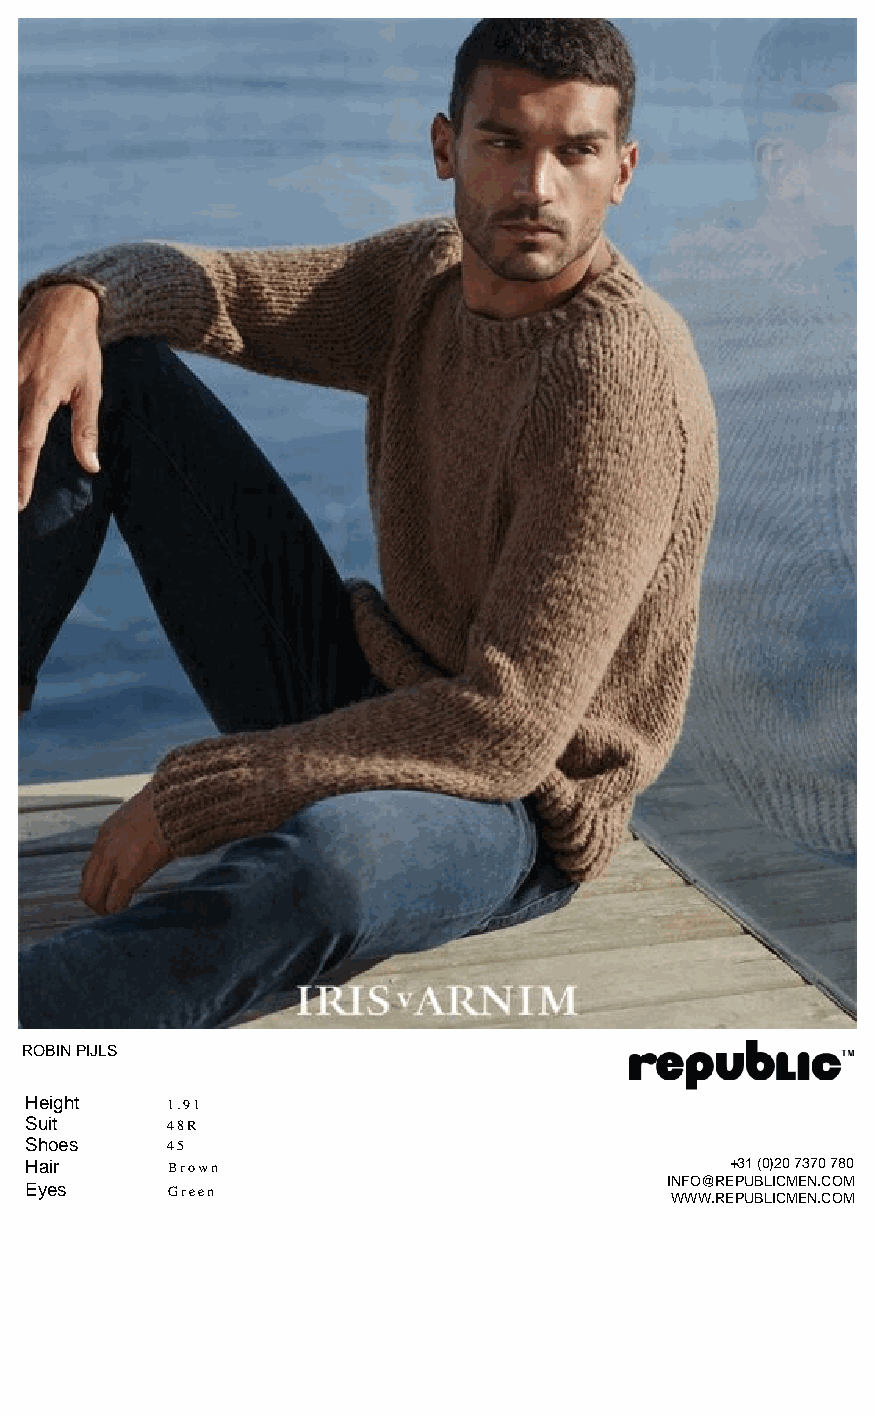
ROBIN PIJLS
 Height   1.91
 Suit     48R
 Shoes    45
 Hair     Brown                                +31 (0)20 7370 780
 INFO@REPUBLICMEN.COM
 Eyes     Green
 WWW.REPUBLICMEN.COM